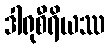
ဒါရုစီရိယဿ